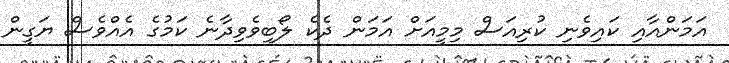
އަމަންއާއި ކައިވެނި ކުރިއަސް މިމީއަށް އަމަން ދެކެ ލޯބިވެވިދާނެ ކަމުގެ އެއްވެސް ޔަގީން